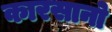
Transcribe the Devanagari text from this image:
कारसानो